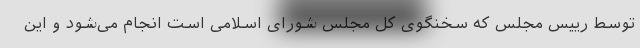
توسط رییس مجلس که سخنگوی کل مجلس شورای اسلامی است انجام می‌شود و این